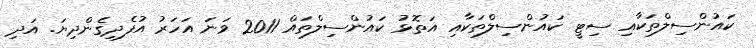
ކައުންސިލްތަކާއި ސިޓީ ކައުންސިލްތަކާއި އަތޮޅު ކައުންސިލްތައް 2011 ވަނަ އަހަރު އުފެދިގެންދިޔަ. އަދި